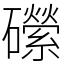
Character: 礯